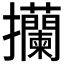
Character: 𢺤